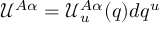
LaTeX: { \mathcal U } ^ { A \alpha } = { \mathcal U } _ { u } ^ { A \alpha } ( q ) d q ^ { u }